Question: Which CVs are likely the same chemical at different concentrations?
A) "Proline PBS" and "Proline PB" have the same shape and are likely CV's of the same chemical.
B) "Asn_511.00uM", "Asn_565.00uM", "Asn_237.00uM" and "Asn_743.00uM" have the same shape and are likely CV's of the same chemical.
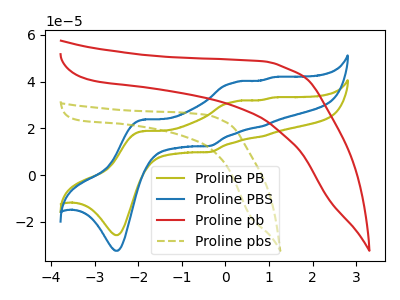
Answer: <think>The olive curve "Proline PB" has anodic peaks at (-1.90V, 18.85uA) (0.20V, 31.50uA) (0.85V, 16.50uA) (1.10V, 33.20uA) and cathodic peaks at (-2.45V, -25.65uA) (-0.35V, 9.90uA). The blue curve "Proline PBS" has anodic peaks at (-1.90V, 23.75uA) (0.20V, 39.70uA) (0.85V, 20.80uA) (1.10V, 41.90uA) and cathodic peaks at (-2.45V, -32.35uA) (-0.35V, 12.45uA). The red curve "Proline pb" has no peaks. The olive dashed curve "Proline pbs" has no peaks.
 All the peaks in "Proline PB" have a peak in "Proline PBS" at the same potential. "Proline PB" and "Proline pb" have a different number of peaks. "Proline PB" and "Proline pbs" have a different number of peaks. "Proline PBS" and "Proline pb" have a different number of peaks. "Proline PBS" and "Proline pbs" have a different number of peaks. Neither "Proline pb" or "Proline pbs" have any peaks.</think>
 <answer>A) "Proline PBS" and "Proline PB" have the same shape and are likely CV's of the same chemical.</answer>
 <eval>A</eval>